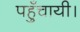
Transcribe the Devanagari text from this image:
पहुँचायी।